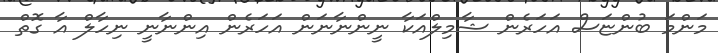
މަންމަ ބުންޏަސް އަހަރެން ޝާމިލްއަކާ ނީންނާނަން އަހަރެން އިންނާނީ ނިހާލް އާ ގޮތް